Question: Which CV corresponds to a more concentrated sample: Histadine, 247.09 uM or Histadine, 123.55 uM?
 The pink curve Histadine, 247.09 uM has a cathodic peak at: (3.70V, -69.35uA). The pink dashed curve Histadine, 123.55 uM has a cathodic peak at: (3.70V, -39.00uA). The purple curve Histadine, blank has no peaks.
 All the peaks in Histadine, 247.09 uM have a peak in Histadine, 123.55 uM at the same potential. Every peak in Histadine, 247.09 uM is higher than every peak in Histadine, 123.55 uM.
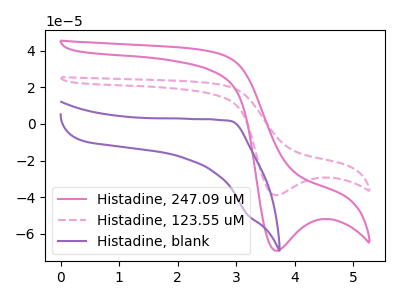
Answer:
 <answer>"Histadine, 247.09 uM" has more signal than "Histadine, 123.55 uM" and so likely has a higher concentration.</answer>
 <eval>more_concentration</eval>